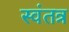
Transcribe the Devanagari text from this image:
स्‍वंतत्र